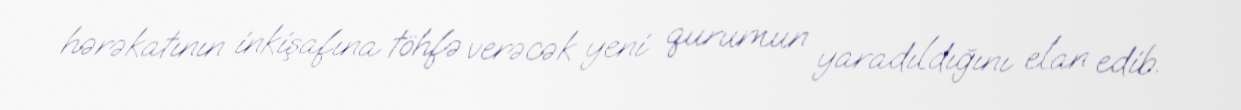
hərəkatının inkişafına töhfə verəcək yeni qurumun yaradıldığını elan edib.